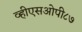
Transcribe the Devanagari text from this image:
व्हीएसओपी८७